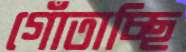
গোঁতাচ্ছি